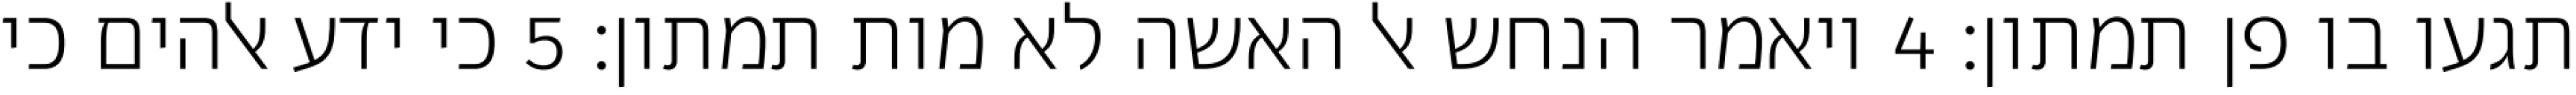
תגעו בו פן תמתון׃ ‎4‏ ויאמר הנחש אל האשה לא מות תמתון׃ ‎5‏ כי ידע אלהים כי